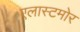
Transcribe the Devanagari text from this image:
एलास्टमोर